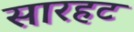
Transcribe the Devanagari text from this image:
सारहट